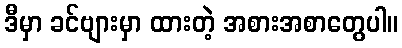
ဒီမှာ ခင်ဗျားမှာ ထားတဲ့ အစားအစာတွေပါ။